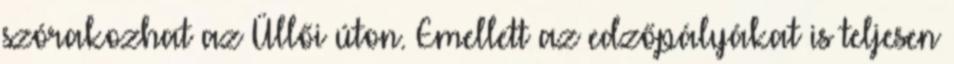
szórakozhat az Üllői úton. Emellett az edzőpályákat is teljesen